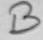
Text: B